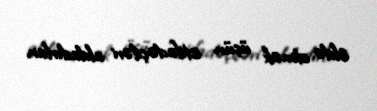
əldə etmək üçün istifadəçiləri aldadırlar.